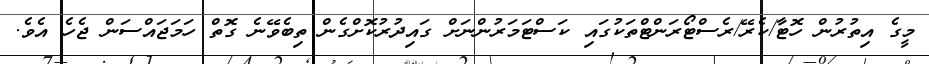
މީގެ އިތުރުން ހޮޓާ/ކެރޭ/ރެސްޓޯރަންޓްތަކުގައި ކަސްޓަމަރުންނަށް ގައިދުރުކޮށްގެން ތިބެވޭނެ ގޮތް ހަމަޖައްސަން ޖެހެ އެވެ.